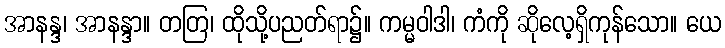
အာနန္ဒ၊ အာနန္ဒာ။ တတြ၊ ထိုသို့ပညတ်ရာ၌။ ကမ္မဝါဒါ၊ ကံကို ဆိုလေ့ရှိကုန်သော။ ယေ